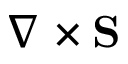
\nabla \times \mathbf S